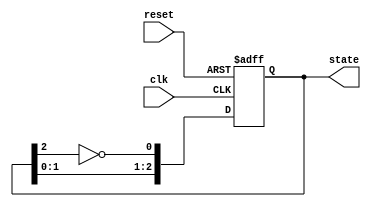
module johnson_counter(
    input wire clk,         // Clock input
    input wire reset,       // Asynchronous reset
    output reg [2:0] state  // 3-bit output representing the current state
);

    // State transition logic
    always @(posedge clk or posedge reset) begin
        if (reset) begin
            // Initialize state to 000 on reset
            state <= 3'b000;
        end else begin
            // Johnson counter logic
            state <= {state[1:0], ~state[2]};
        end
    end

endmodule